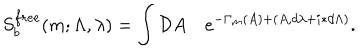
S _ { b } ^ { f r e e } ( m ; \Lambda , \lambda ) = \int { \cal D } A \quad e ^ { - \Gamma _ { m } ( A ) + ( A , d \lambda + i \ast d \Lambda ) } .